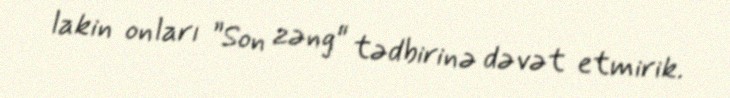
lakin onları ”Son zəng" tədbirinə dəvət etmirik.